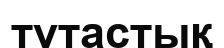
түтастық